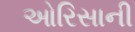
ઓરિસાની